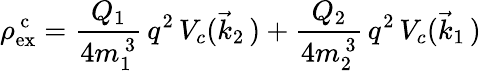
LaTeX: \rho_{\mathrm{ex}}^{\, \mathrm c}=\frac{Q_{1}}{4m_{1}^{\, 3}}\, q^{2}\, V_{c}(\vec{k}_{2}\, )+\frac{Q_{2}}{4m_{2}^{\, 3}}\, q^{2}\, V_{c}(\vec{k}_{1}\, )